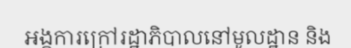
អង្គការក្រៅរដ្ឋាភិបាលនៅមូលដ្ឋាន និង